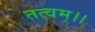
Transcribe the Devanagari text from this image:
तत्वम्।।